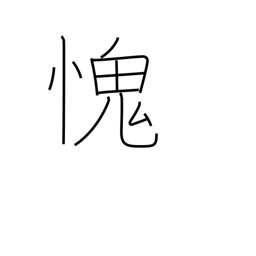
Meaning: feel ashamed